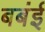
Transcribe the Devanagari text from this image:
बबंई